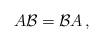
LaTeX: \begin{align*}A\mathcal{B} = \mathcal{B}A\,,\end{align*}